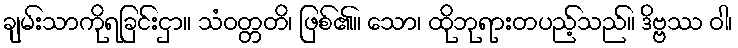
ချမ်းသာကိုရခြင်းငှာ။ သံဝတ္တတိ၊ ဖြစ်၏။ သော၊ ထိုဘုရားတပည့်သည်။ ဒိဗ္ဗဿ ဝါ၊